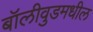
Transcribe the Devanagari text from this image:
बॉलीवुडमधील